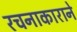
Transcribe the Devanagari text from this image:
रचनाकाराने